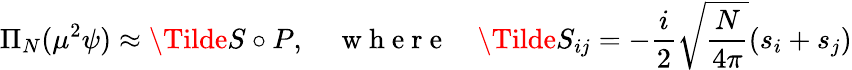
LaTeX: \Pi_{N}(\mu^{2}\psi)\approx\Tilde{S}\circ P,\quad\mathrm{~w~h~e~r~e~}\quad\Tilde{S}_{ij}=-\frac{i}{2}\sqrt{\frac{N}{4\pi}}(s_{i}+s_{j})